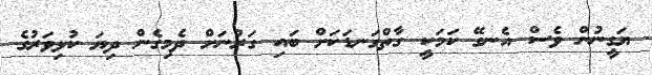
ޔަގީނުން ވެސް އެނގޭ ކަމަކީ ގާތްގަނޑަކަށް ބައި ގަރުނަށް ދެމިގެން ދިޔަ ކުޅިވަރުގެ